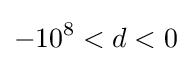
-10^{8}<d<0